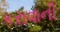
કરાવાની